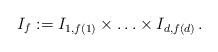
LaTeX: \begin{align*} I_{f} & := I_{1,f(1)}\times \ldots \times I_{d,f(d)} \,. \end{align*}